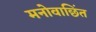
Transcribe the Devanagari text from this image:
मनोवाछिंत